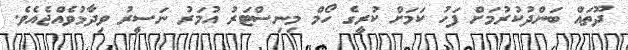
ދޫތައް ބަންދުކުރުމަށް ފަހު ކަމަށް ކުރީގެ ހޯމް މިނިސްޓަރު އުމަރު ނަސީރު ވިދާޅުވެއްޖެއެވެ.